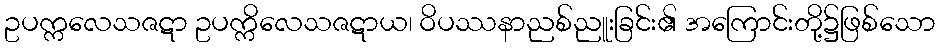
ဥပက္ကလေသဇဋာ ဥပက္ကိလေသဇဋာယ၊ ဝိပဿနာညစ်ညူးခြင်း၏ အကြောင်းတို့၌ဖြစ်သော